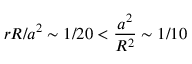
r R / a ^ { 2 } \sim 1 / 2 0 < \frac { a ^ { 2 } } { R ^ { 2 } } \sim 1 / 1 0